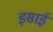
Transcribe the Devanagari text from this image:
इसार्इ